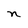
Character: n